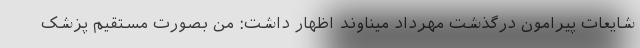
شایعات پیرامون درگذشت مهرداد میناوند اظهار داشت: من بصورت مستقیم پزشک